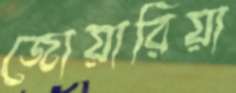
জোয়ারিয়া